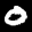
Label: 0